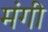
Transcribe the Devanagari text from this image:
मंगी